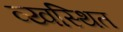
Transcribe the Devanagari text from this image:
व्य्वस्थित